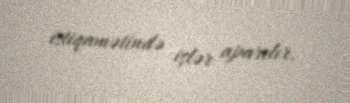
istiqamətində işlər aparılır.